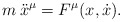
\begin{align*}m \: \ddot x^\mu = F^\mu (x,\dot x).\end{align*}